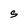
Character: S